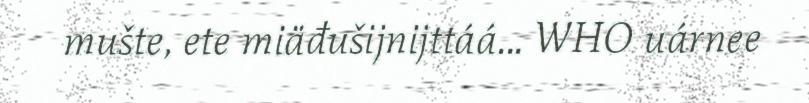
mušte, ete miäđušijnijttáá... WHO uárnee